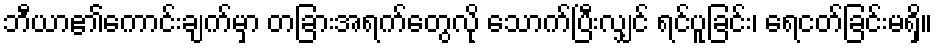
ဘီယာ၏ကောင်းချက်မှာ တခြားအရက်တွေလို သောက်ပြီးလျှင် ရင်ပူခြင်း၊ ရေငတ်ခြင်းမရှိ။